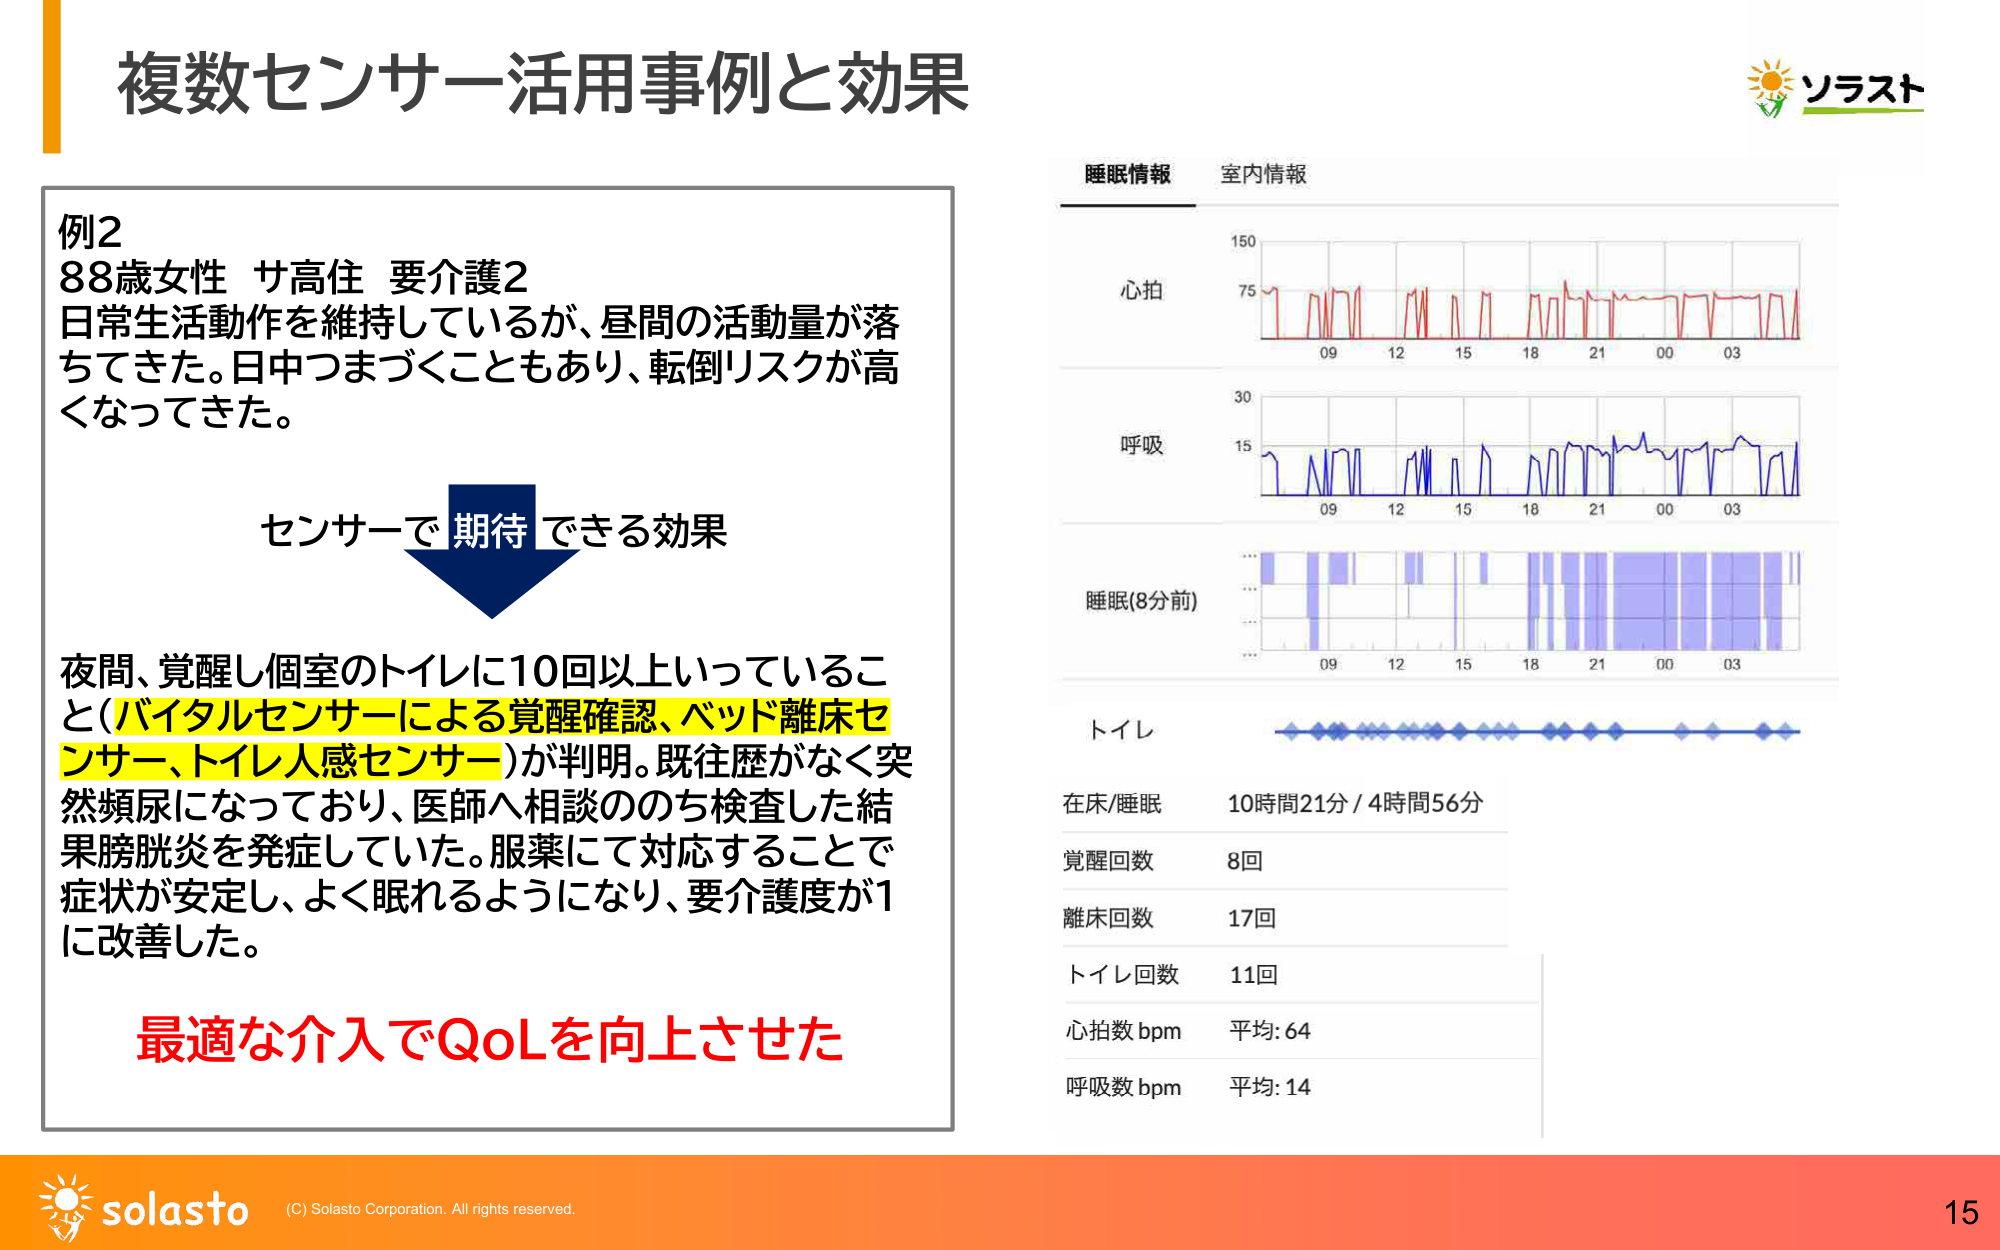
複数センサー活用事例と効果

例2
88歳女性 サ高住 要介護2
日常生活動作を維持しているが、昼間の活動量が落ちてきた。日中つまづくこともあり、転倒リスクが高くなってきた。

センサーで 期待 できる効果

夜間、覚醒し個室のトイレに10回以上いっていること（バイタルセンサーによる覚醒確認、ベッド離床センサー、トイレ人感センサー）が判明。既往歴がなく突然頻尿になっており、医師へ相談ののち検査した結果膀胱炎を発症していた。服薬にて対応することで症状が安定し、よく眠れるようになり、要介護度が1に改善した。

最適な介入でQoLを向上させた

睡眠情報 室内情報
心拍
呼吸
睡眠(8分前)
トイレ

在床/睡眠 10時間21分 / 4時間56分
覚醒回数 8回
離床回数 17回
トイレ回数 11回
心拍数 bpm 平均: 64
呼吸数 bpm 平均: 14

ソラスト

solasto (C) Solasto Corporation. All rights reserved.
15